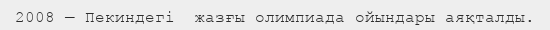
2008 — Пекиндегі  жазғы олимпиада ойындары аяқталды.